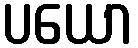
ပယော